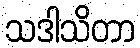
သဒါသိတာ